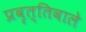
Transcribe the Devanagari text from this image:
प्रवृत्तिवाले